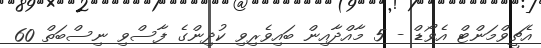
އެޗީވްމަންޓް އެވޯޑް - 5 މާއްދާއިން ބައިވެރިވި ކުދިންގެ ފާސްވި ނިސްބަތް 60